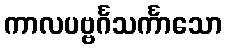
ကာလပဗ္ဗင်္ဂသင်္ကာသော